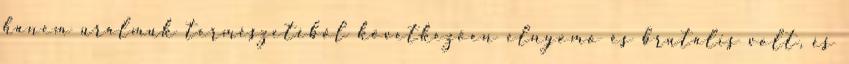
hanem uralmuk természetéből következően elnyomó és brutális volt, és